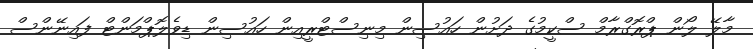
މާލޭ ލޯން ޕްރޮގްރާމް ސްކީމުގެ ދަށުން ހައުސިން މިނިސްޓްރީއިން ހައުސިން ޑިވެލޮޕްމަންޓް ފައިނޭންސް